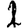
Digit: 2